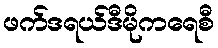
ဖက်ဒရယ်ဒီမိုကရေစီ